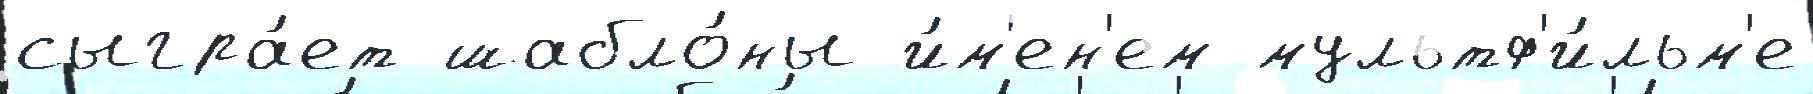
сыгра́ет шабло́ны и́м'ен'ем мультф'и́льм'е